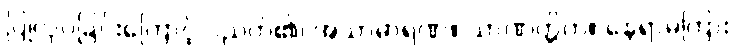
ပြုလုပ်ခြင်းကြောင့် ပညတ်၏၊ အသာဓာရဏ။ သာဏတ္တိက။ နေရာမကြား